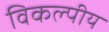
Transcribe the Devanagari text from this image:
विकल्पीय